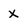
Character: X